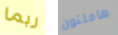
ربما هاملتون